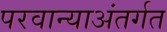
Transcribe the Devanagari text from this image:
परवान्याअंतर्गत